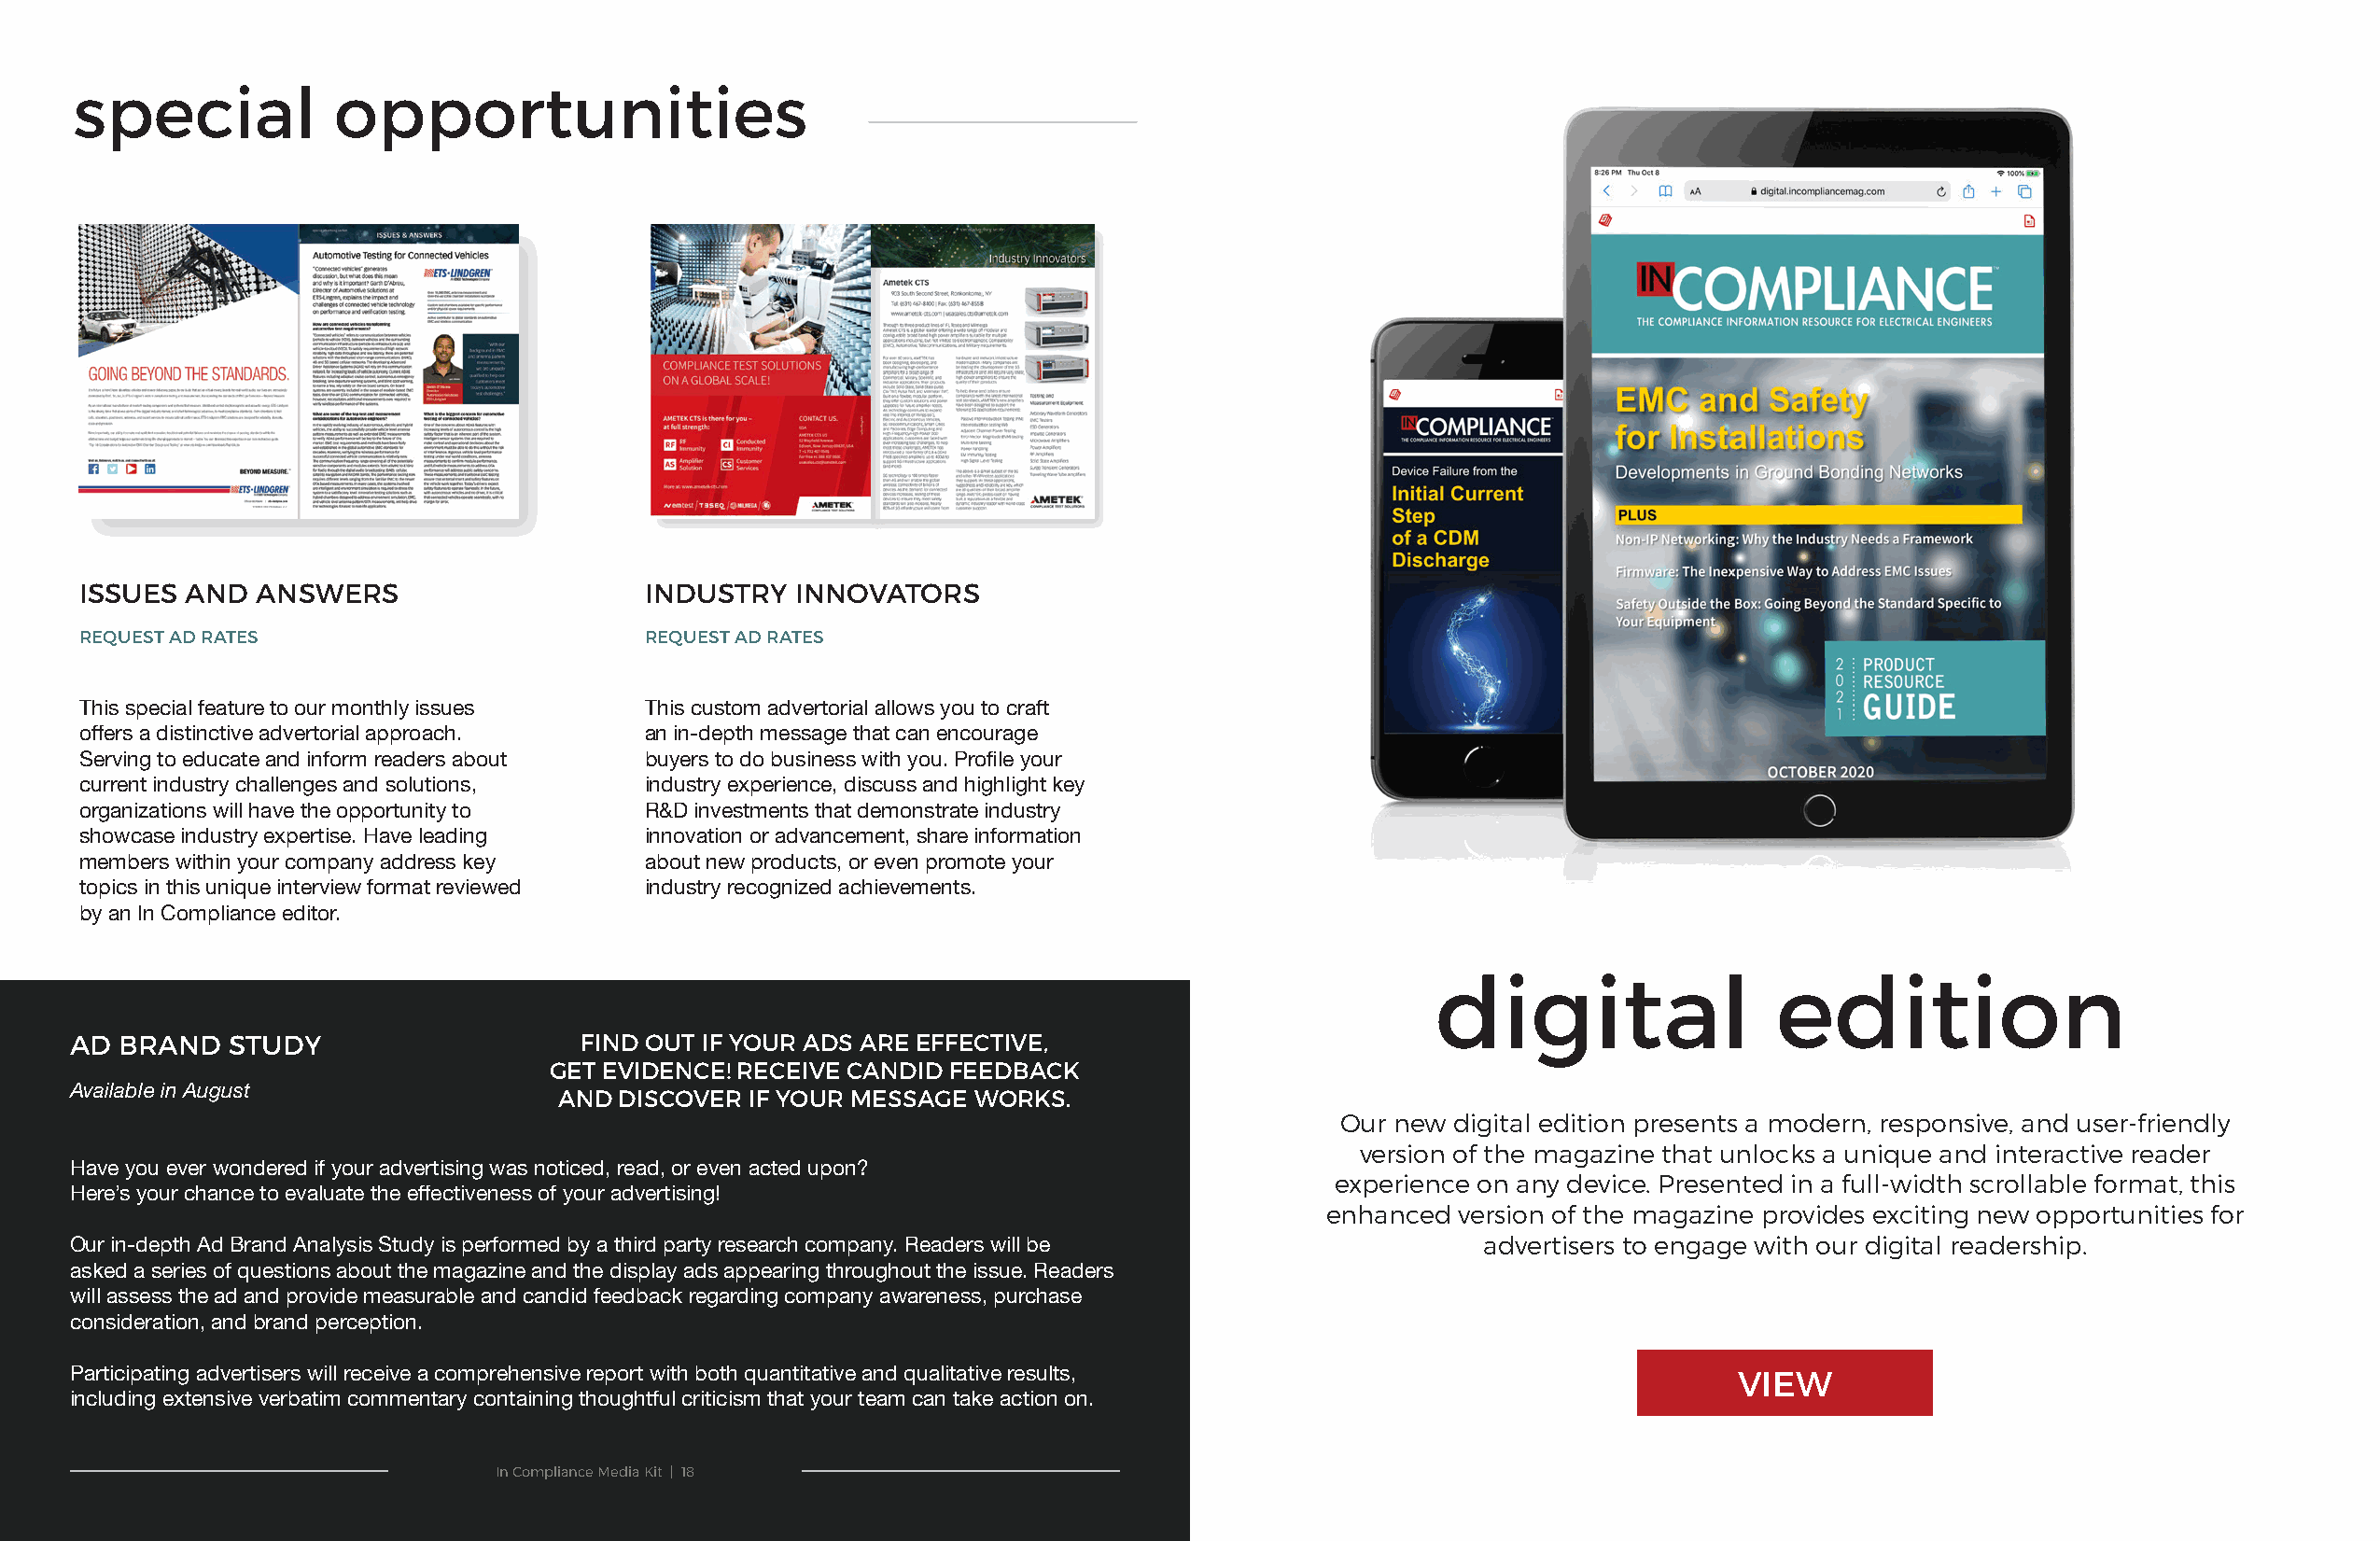
special            opportunities
 ISSUES AND  ANSWERS                     INDUSTRY  INNOVATORS
 REQUEST AD RATES                        REQUEST AD RATES
 This special feature to our monthly issues This custom advertorial allows you to craft
 offers a distinctive advertorial approach. an in-depth message that can encourage
 Serving to educate and inform readers about buyers to do business with you. Profile your
 current industry challenges and solutions, industry experience, discuss and highlight key
 organizations will have the opportunity to R&D investments that demonstrate industry
 showcase industry expertise. Have leading innovation or advancement, share information
 members within your company address key about new products, or even promote your
 topics in this unique interview format reviewed industry recognized achievements.
 by an In Compliance editor.
 digital                 edition
 AD BRAND   STUDY                    FIND OUT IF YOUR ADS ARE EFFECTIVE,
 GET EVIDENCE! RECEIVE CANDID FEEDBACK
 Available in August                AND DISCOVER IF YOUR MESSAGE WORKS.
 Our new digital edition presents a modern, responsive, and user-friendly
 version of the magazine that unlocks a unique and interactive reader
 Have you ever wondered if your advertising was noticed, read, or even acted upon?
 experience on any device . Presented in a full-width scrollable format, this
 Here’s your chance to evaluate the effectiveness of your advertising!
 enhanced version of the magazine provides exciting new opportunities for
 advertisers to engage with our digital readership .
 Our in-depth Ad Brand Analysis Study is performed by a third party research company. Readers will be
 asked a series of questions about the magazine and the display ads appearing throughout the issue. Readers
 will assess the ad and provide measurable and candid feedback regarding company awareness, purchase
 consideration, and brand perception.
 Participating advertisers will receive a comprehensive report with both quantitative and qualitative results,         VIEW
 including extensive verbatim commentary containing thoughtful criticism that your team can take action on.
 In Compliance Media Kit | 18